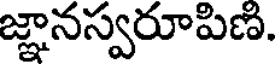
జ్ఞానస్వరూపిణి.